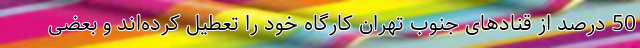
50 درصد از قنادهای جنوب تهران کارگاه خود را تعطیل کرده‌اند و بعضی